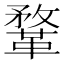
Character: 鞪